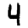
Digit: 4